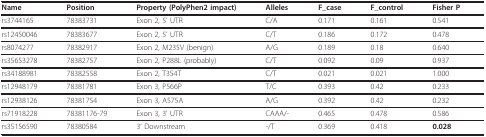
<table><thead><tr><td><b>Name</b></td><td><b>Position</b></td><td><b>Property (PolyPhen2 impact)</b></td><td><b>Alleles</b></td><td><b>F_case</b></td><td><b>F_control</b></td><td><b>Fisher P</b></td></tr></thead><tbody><tr><td>rs3744165</td><td>78383731</td><td>Exon 2, 5&#x27; UTR</td><td>C/A</td><td>0.171</td><td>0.161</td><td>0.541</td></tr><tr><td>rs12450046</td><td>78383677</td><td>Exon 2, 5&#x27; UTR</td><td>C/T</td><td>0.186</td><td>0.172</td><td>0.478</td></tr><tr><td>rs8074277</td><td>78382917</td><td>Exon 2, M235V (benign)</td><td>A/G</td><td>0.189</td><td>0.18</td><td>0.640</td></tr><tr><td>rs35653278</td><td>78382757</td><td>Exon 2, P288L (probably)</td><td>C/T</td><td>0.092</td><td>0.09</td><td>0.937</td></tr><tr><td>rs34188981</td><td>78382558</td><td>Exon 2, T354T</td><td>C/T</td><td>0.021</td><td>0.021</td><td>1.000</td></tr><tr><td>rs12948179</td><td>78381781</td><td>Exon 3, P566P</td><td>T/C</td><td>0.393</td><td>0.42</td><td>0.233</td></tr><tr><td>rs12938126</td><td>78381754</td><td>Exon 3, A575A</td><td>A/G</td><td>0.392</td><td>0.42</td><td>0.232</td></tr><tr><td>rs71918228</td><td>78381176-79</td><td>Exon 3, 3&#x27; UTR</td><td>CAAA/-</td><td>0.465</td><td>0.478</td><td>0.586</td></tr><tr><td>rs35156590</td><td>78380584</td><td>3&#x27; Downstream</td><td>-/T</td><td>0.369</td><td>0.418</td><td><b>0.028</b></td></tr></tbody></table>